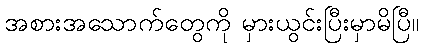
အစားအသောက်တွေကို မှားယွင်းပြီးမှာမိပြီ။